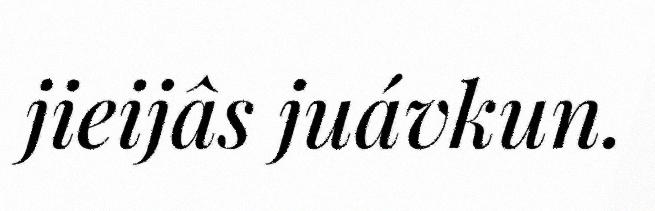
jieijâs juávkun.